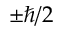
\pm \hbar / 2